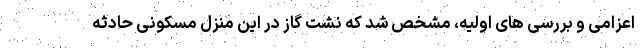
اعزامی و بررسی های اولیه، مشخص شد که نشت گاز در این منزل مسکونی حادثه